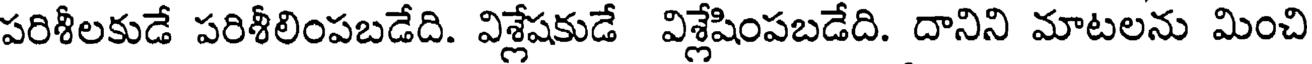
పరిశీలకుడే పరిశీలింపబడేది. విశ్లేషకుడే విశ్లేషింపబడేది. దానిని మాటలను మించి